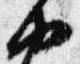
由